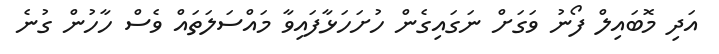
އަދި މޮބައިލް ފޯނު ވަގަށް ނަގައިގެން ހުށަހަޅާފައިވާ މައްސަލަތައް ވެސް ހާހުން ގުނެ